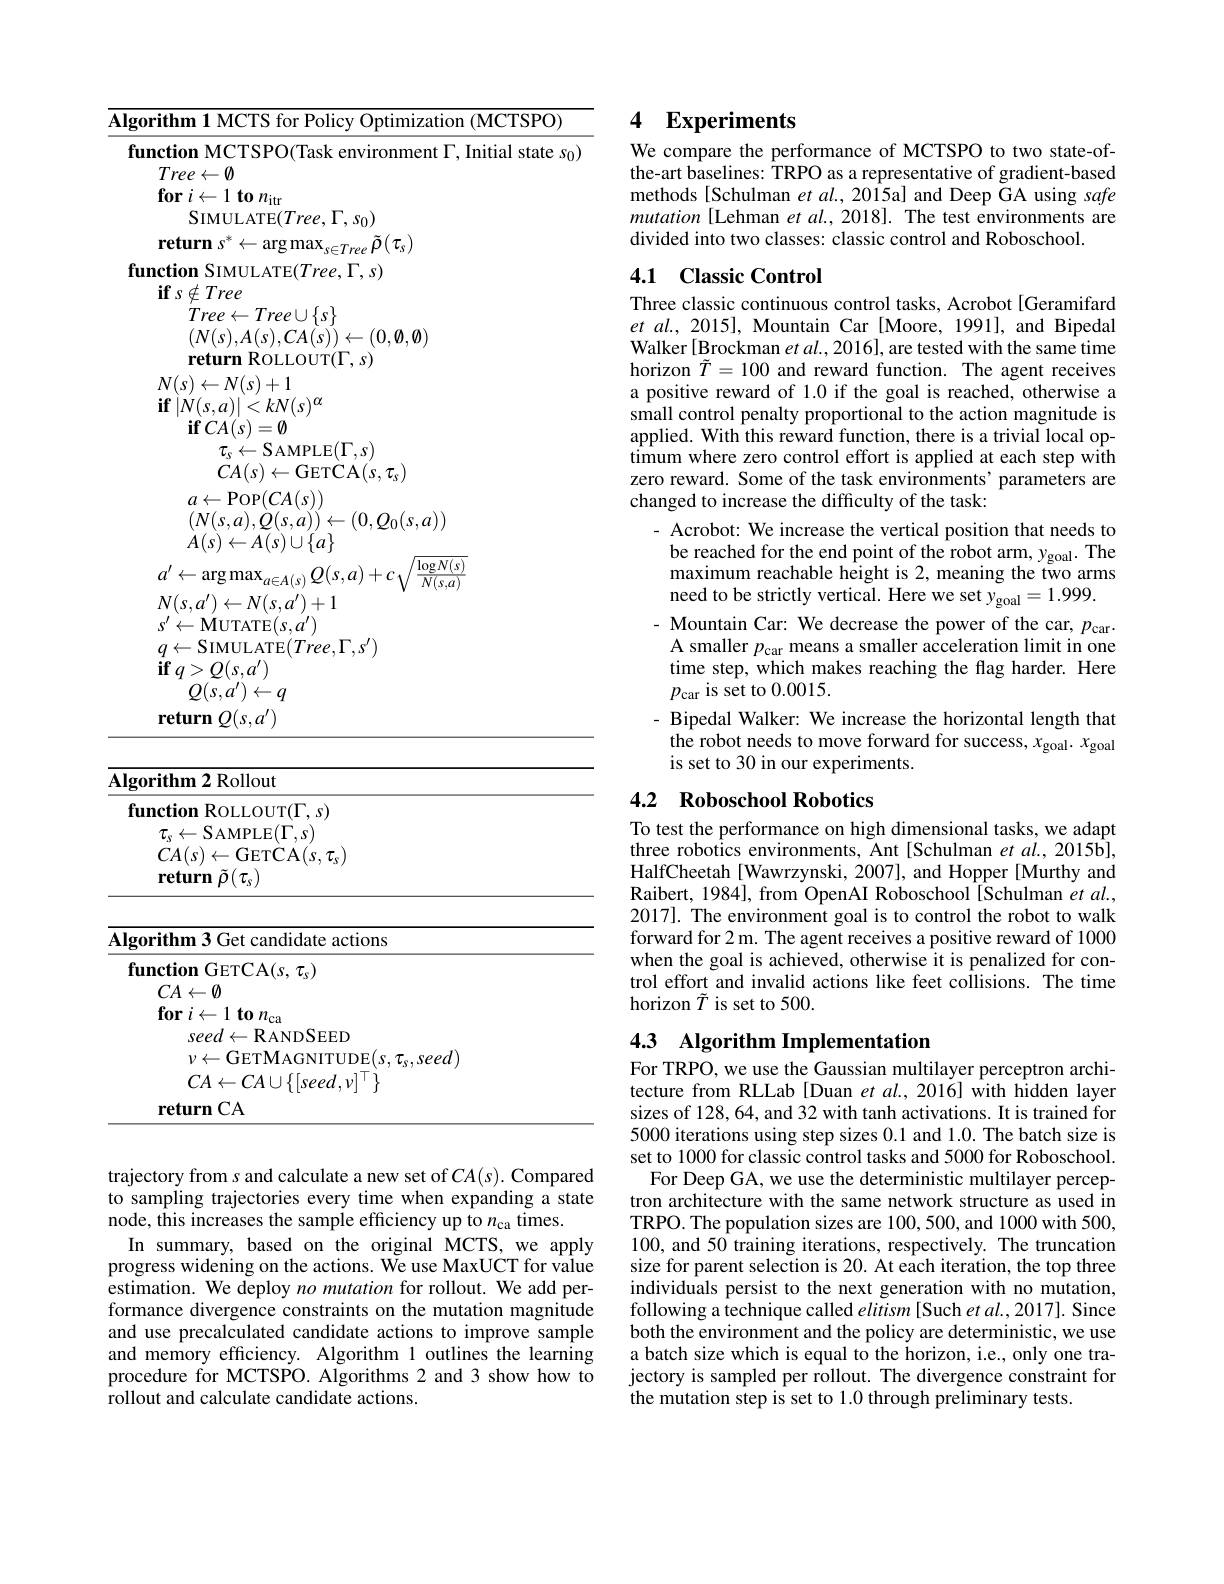
Algorithm 1 MCTS for Policy Optimization (MCTSPO)
<table>
	<tbody>
		<tr>
			<td>fumction $M(T)$ $||n|t|a|$</td>
			<td>1</td>
		</tr>
		<tr>
			<td>$Tree\leftarrow\emptyset$</td>
			<td>$\textcircled{1}$</td>
		</tr>
		<tr>
			<td>$\textbf{for }i\leftarrow 1\textbf{ to }n_{\mathrm{itr}}$</td>
			<td>$\mathbf{f}_{0}$ $n_{\mathrm{itu}}$</td>
		</tr>
		<tr>
			<td>SIMU $,\Gamma,s_{0})$ $r\rho\rho\rho$</td>
			<td>SIMULATE$( Tree, \Gamma , s_{0})$</td>
		</tr>
		<tr>
			<td>$\textbf{return }s^* \leftarrow \arg \max _{s\in Tree}\tilde{\rho } ( \tau _s)$</td>
			<td>$\textbf{urn }s^{* }\leftarrow$arg$\max_s\in Tree{\tilde{\rho}}(\tau_{s})$</td>
		</tr>
		<tr>
			<td>$\textbf{function SIMULATE}( Tree, \Gamma , s)$</td>
			<td>$\textbf{on SIMULATE}( Tree, \Gamma , s)$</td>
		</tr>
		<tr>
			<td>$\textbf{if }s\notin Tree$</td>
			<td>$\cdot\notin Tree$</td>
		</tr>
		<tr>
			<td>$Tree\leftarrow Tree\cup\{s\}$ $(N(s),A(s),CA(s))\leftarrow(0,\emptyset,\emptyset)$ return ROLLOUT($\Gamma,s)$</td>
			<td>$Tree\leftarrow Tree\cup\{s\}$ $(N(s),A(s),CA(s))\leftarrow(0,\emptyset,\emptyset)$ return ROLLOUT($\Gamma,s)$</td>
		</tr>
		<tr>
			<td>$N(s)\leftarrow N(s)+1$</td>
			<td>$s)\leftarrow N(s)+1$</td>
		</tr>
		<tr>
			<td>$\mathbf{if}\left|N(s,a)\right|<kN(s)^{\alpha}$ $\mathbf{if}CA(s)=\emptyset$</td>
			<td>$N(s,a)|<kN(s)^{\alpha}$ $\mathbf{if}CA(s)=\emptyset$</td>
		</tr>
		<tr>
			<td>${\mathbf{1}}/{\mathbf{0}}$ $\tau_{s}\leftarrow$SAMPLE$(\Gamma,s)$ $CA(s)\leftarrow$GETCA$(s,\tau_{s}$</td>
			<td>$\tau_{s}\leftarrow$SAMPLE$(\Gamma,s)$ $CA(s)\leftarrow$GETCA$(s,\tau_{\mathrm{c}})$</td>
		</tr>
		<tr>
			<td>$\mathbf{ULT}$ ${\mathsf{C}}\boldsymbol{\Lambda}(\boldsymbol{s},\boldsymbol{v}_{S})$ $a\leftarrow$POP$(CA(s))$ $(N(s,a),\dot{Q}(s,\dot{a}))\leftarrow(0,\mathcal{Q}_{0}(s,a))$</td>
			<td>${^{\prime}}$ $\boldsymbol{\Lambda}(\boldsymbol{\upsilon},\boldsymbol{\nu}\boldsymbol{s})$ $a\leftarrow$POP$(CA(s))$ $(N(s,a),\dot{Q}(s,a))\leftarrow(0,Q_{0}(s,a))$</td>
		</tr>
		<tr>
			<td> </td>
			<td> </td>
		</tr>
		<tr>
			<td>$MU$ ATE$( s, a^{\prime })$</td>
			<td>$\mathbf{MUTATE}(s,a^{\prime}$</td>
		</tr>
		<tr>
			<td>C</td>
			<td> </td>
		</tr>
		<tr>
			<td>lgorithm 2 Rollout</td>
			<td>m 2 Rollout</td>
		</tr>
		<tr>
			<td>${\mathrm{tnm}}\angle{\mathrm{Kollour}}$</td>
			<td>$\angle{\mathrm{KOllout}}$</td>
		</tr>
		<tr>
			<td>inction DAI $\angle M$ $O$</td>
			<td>$\Psi_{\mathrm{MI}}$ $ITT(\Gamma$ $S$</td>
		</tr>
		<tr>
			<td>$\tau_{s}\leftarrow$SAMPLE$(\Gamma,s)$ $CA(s)\leftarrow$GETCA$(s,\tau_s)$ $\textbf{return }\tilde{\rho } ( \tau _{s})$</td>
			<td>$\leftarrow$SAMPLE$(\Gamma,s)$ $(s)\leftarrow$GETCA$(s,\tau_{s})$ $\mathbf{urn}\tilde{\rho}(\tau_{s})$</td>
		</tr>
		<tr>
			<td>lgorithm 3 Get candidate actions</td>
			<td>m 3 Get candidate actions</td>
		</tr>
		<tr>
			<td>$\textbf{function GETCA}( s, \tau _{s})$</td>
			<td>$\mathbf{on}$GETCA$(s,\tau_s)$</td>
		</tr>
		<tr>
			<td>$CA\leftarrow\emptyset$</td>
			<td>$\leftarrow\emptyset$</td>
		</tr>
		<tr>
			<td>${\textbf{for }i\leftarrow1}{\textbf{ to }n_{\mathrm{ca}}}$</td>
			<td>$I\leftarrow$ $ton_\mathrm{ca}$</td>
		</tr>
		<tr>
			<td>seed $\leftarrow$ RANDSEED</td>
			<td>$seed\leftarrow$RANDSEED</td>
		</tr>
		<tr>
			<td>GETMAGNIT 11111 ${\mathrm{seed}}$</td>
			<td>GETMAGNI ${:}eec$</td>
		</tr>
		<tr>
			<td> $A\bot$ $d.v$</td>
			<td>$CA\leftarrow CA\cup\{[seed,v]^{\perp}\}$</td>
		</tr>
		<tr>
			<td>$\textbf{return CA}$</td>
			<td>$CA$ urn</td>
		</tr>
	</tbody>
</table>
trajectory from $s$
a new set
$:CA(s).$

to sampling trajectories every time when expanding a state
node, this increases the sample efficiency up to $n_\mathrm{ca}$ times.
In summary, based on the original MCTS, we apply progress widening on the actions. We use MaxUCT for value estimation. We deploy no mutation for rollout. We add performance divergence constraints on the mutation magnitude and use precalculated candidate actions to improve sample and memory efficiency. Algorithm 1 outlines the learning procedure for MCTSPO. Algorithms 2 and 3 show how to $\tilde{\text{rollout and calculate candidate actions.}}$

## 4 $\textbf{Experiments}$

We compare the performance of MCTSPO to two state-ofthe-art baselines: TRPO as a representative of gradient-based methods[Schulman et al.,2015a] and Deep GA using safe mutation [ Lehman et al., 2018]. The test environments are divided into two classes: classic control and Roboschool.

## 4.1 Classic Control

Three classic continuous control tasks, Acrobot [Geramifard et al., 2015], Mountain Car [Moore, 1991], and Bipedal Walker[Brockman $et\textit{al. , 2016}]$, are tested with the same time horizon $\tilde{T}=100$ and reward function. The agent receives a positive reward of 1.0 if the goal is reached, otherwise a small control penalty proportional to the action magnitude is applied. With this reward function, there is a trivial local optimum where zero control effort is applied at each step with zero reward. Some of the task environments'parameters are changed to increase the difficulty of the task:
- Acrobot: We increase the vertical position that needs to be reached for the end point of the robot arm, $y_\mathrm{goal}.$ The maximum reachable height is 2, meaning the two arms need to be strictly vertical. Here we set $y_\mathrm{goal}=1.999.$ - Mountain Car: We decrease the power of the car, $p_{\mathrm{car}}.$ A smaller $p_\mathrm{car}$ means a smaller acceleration limit in one time step, which makes reaching the flag harder. Here $p_{\mathrm{car}}$ is set to 0.0015.
- Bipedal Walker: We increase the horizontal length that the robot needs to move forward for success, $x_\mathrm{goal}.$ is set to 30 in our experiments.

## 4.2 Roboschool Robotics

To test the performance on high dimensional tasks, we adapt three robotics environments, Ant [Schulman et al., 2015b], HalfCheetah[Wawrzynski,2007], and Hopper[Murthy and Raibert, 1984], from OpenAI Roboschool[Schulman $etal.$, 2017]. The environment goal is to control the robot to walk forward for 2 m. The agent receives a positive reward of 1000 when the goal is achieved, otherwise it is penalized for control effort and invalid actions like feet collisions. The time horizon $\tilde{T}$ is set to 500.

# 4.3 Algorithm Implementation

For TRPO, we use the Gaussian multilayer perceptron architecture from RLLab [Duan et al.,2016] with hidden layer sizes of 128,64, and 32 with tanh activations. It is trained for 5000 iterations using step sizes 0.1 and 1.0. The batch size is set to 1000 for classic control tasks and 5000 for Roboschool. For Deep GA, we use the deterministic multilayer perceptron architecture with the same network structure as used in TRPO. The population sizes are 100,500,and 1000 with 500, 100, and 50 training iterations, respectively. The truncation size for parent selection is 20. At each iteration, the top three individuals persist to the next generation with no mutation, following a technique called elitism [Such et al., 2017]. Since both the environment and the policy are deterministic, we use a batch size which is equal to the horizon, i.e., only one trajectory is sampled per rollout. The divergence constraint for the mutation step is set to 1.0 through preliminary tests.